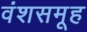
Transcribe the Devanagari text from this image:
वंशसमूह